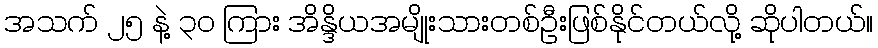
အသက် ၂၅ နဲ့ ၃၀ ကြား အိန္ဒိယအမျိုးသားတစ်ဦးဖြစ်နိုင်တယ်လို့ ဆိုပါတယ်။